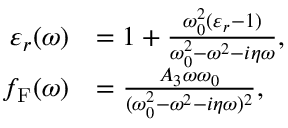
\begin{array} { r l } { \varepsilon _ { r } ( \omega ) } & { = 1 + \frac { \omega _ { 0 } ^ { 2 } ( \varepsilon _ { r } - 1 ) } { \omega _ { 0 } ^ { 2 } - \omega ^ { 2 } - i \eta \omega } , } \\ { f _ { \mathrm { F } } ( \omega ) } & { = \frac { A _ { 3 } \omega \omega _ { 0 } } { ( \omega _ { 0 } ^ { 2 } - \omega ^ { 2 } - i \eta \omega ) ^ { 2 } } , } \end{array}